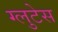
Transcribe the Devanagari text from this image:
ग्लुटेस